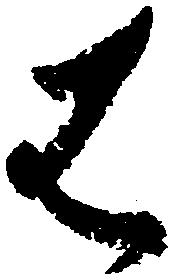
は